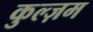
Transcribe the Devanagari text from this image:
कुल्ज़म